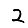
Digit: 2